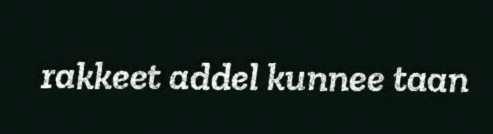
rakkeet addel kunnee taan